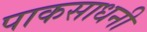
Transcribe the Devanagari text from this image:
पाकसाधनी